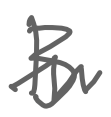
Text: B
Cross-out: mix
Writing tool: digital_gray